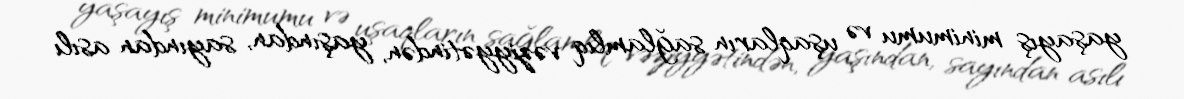
yaşayış minimumu və uşaqların sağlamlıq vəziyyətindən, yaşından, sayından asılı